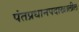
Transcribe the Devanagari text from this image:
पंतप्रधानपदाखालील